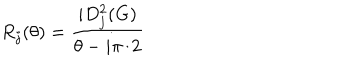
R _ { j } ( \theta ) = \frac { i D _ { j } ^ { 2 } ( G ) } { \theta - i \pi / 2 }